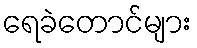
ရေခဲတောင်များ